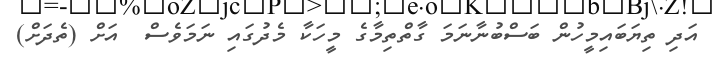
އަދި ތިޔަބައިމީހުން ބަސްބުނާނަމަ ގާތްތިމާގެ މީހަކާ މެދުގައި ނަމަވެސް  އަށް (ތެދަށް)